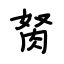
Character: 胬